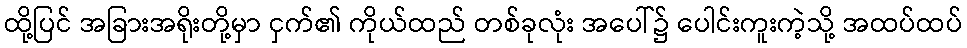
ထို့ပြင် အခြားအရိုးတို့မှာ ငှက်၏ ကိုယ်ထည် တစ်ခုလုံး အပေါ်၌ ပေါင်းကူးကဲ့သို့ အထပ်ထပ်